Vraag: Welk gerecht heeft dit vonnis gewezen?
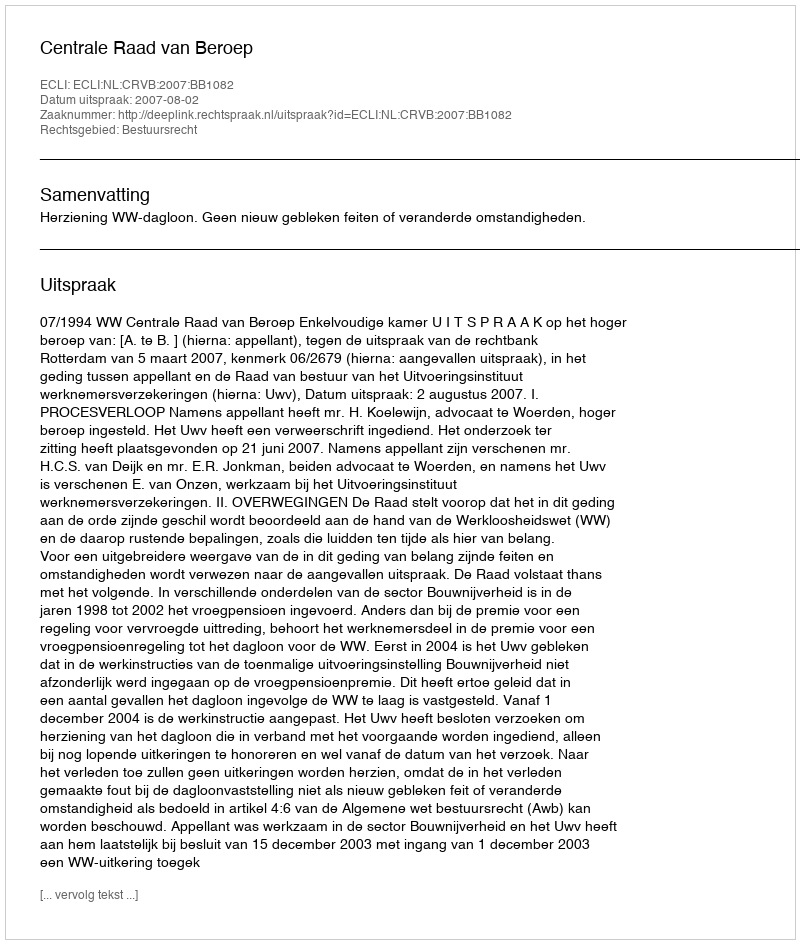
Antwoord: Centrale Raad van Beroep